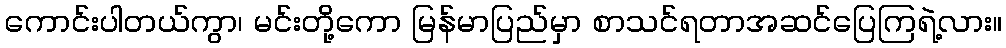
ကောင်းပါတယ်ကွာ၊ မင်းတို့ကော မြန်မာပြည်မှာ စာသင်ရတာအဆင်ပြေကြရဲ့လား။